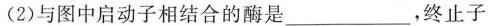
(2)与图中启动子相结合的酶是___，终止子